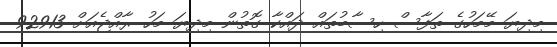
މިދިޔަ މޭމަހުގެ ތަފާސް ހިސާބުތައް ދައްކާ ގޮތުން މިދިޔަ މަހު ރާއްޖެއަށް 92913